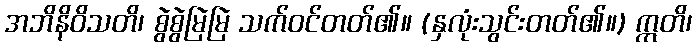
အဘိနိဝိသတိ၊ စွဲစွဲမြဲမြဲ သက်ဝင်တတ်၏။ (နှလုံးသွင်းတတ်၏။) ဣတိ၊